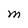
Character: M